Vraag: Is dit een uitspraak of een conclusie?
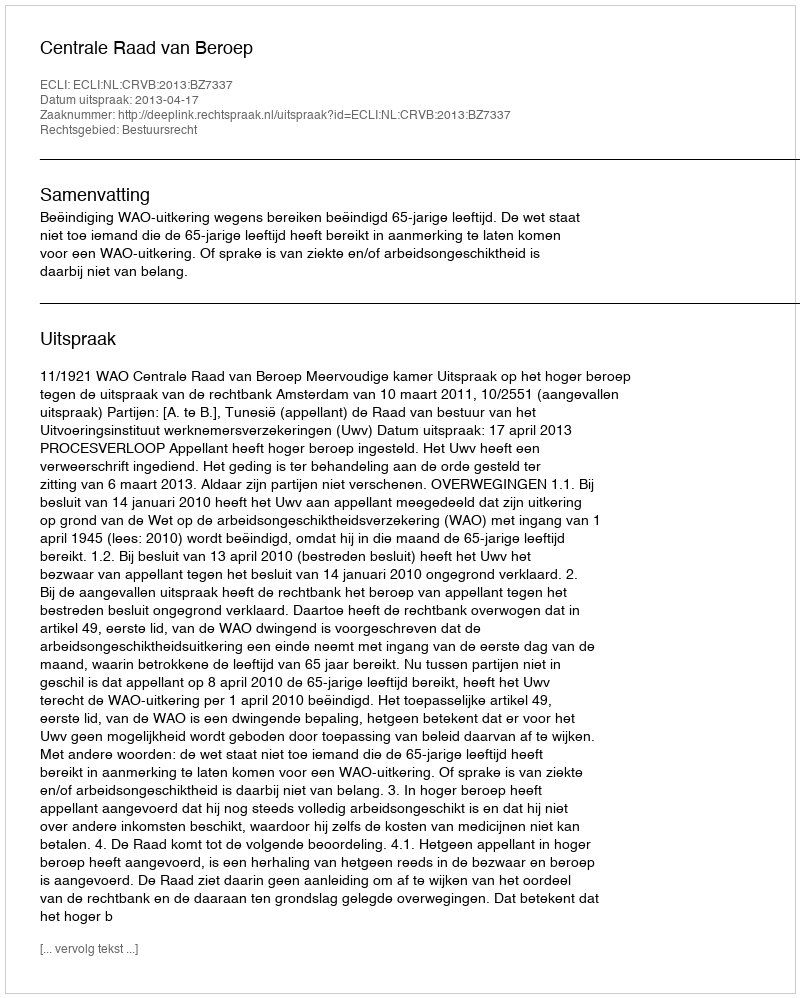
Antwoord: Uitspraak